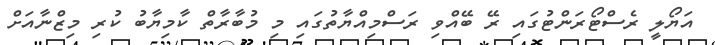
އަޔޯލީ ރެސްޓޯރަންޓުގައި ރޭ ބޭއްވި ރަސްމިއްޔާތުގައި މި މުބާރާތް ކާމިޔާބު ކުރި މިޒްނާއަށް